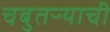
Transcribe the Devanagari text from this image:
चबुतऱ्याची